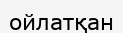
ойлатқан